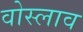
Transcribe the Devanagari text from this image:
वोस्लाव